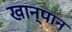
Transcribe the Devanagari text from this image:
खान्पान